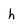
Character: h